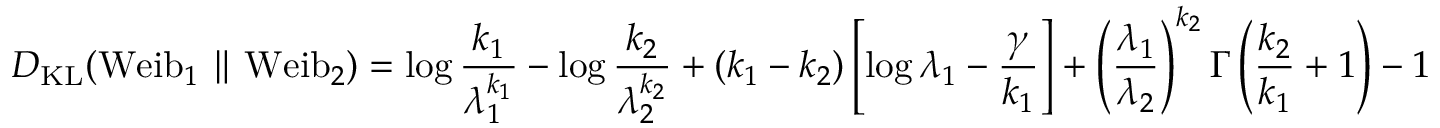
D _ { \mathrm { K L } } ( \mathrm { W e i b } _ { 1 } \parallel \mathrm { W e i b } _ { 2 } ) = \log { \frac { k _ { 1 } } { \lambda _ { 1 } ^ { k _ { 1 } } } } - \log { \frac { k _ { 2 } } { \lambda _ { 2 } ^ { k _ { 2 } } } } + ( k _ { 1 } - k _ { 2 } ) \left[ \log \lambda _ { 1 } - { \frac { \gamma } { k _ { 1 } } } \right] + \left( { \frac { \lambda _ { 1 } } { \lambda _ { 2 } } } \right) ^ { k _ { 2 } } \Gamma \left( { \frac { k _ { 2 } } { k _ { 1 } } } + 1 \right) - 1